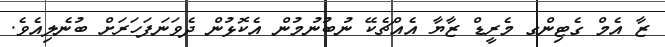
ޒާ އެމް ގެޓިންގ މެރީޑް ޒާޔާ އެއްޗެކޭ ނުބުނުމުން އެކޮޅުން ދެވަނަފަހަރަށް ބުނެލިއެވެ.